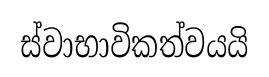
ස්වාභාවිකත්වයයි